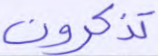
تذكرون